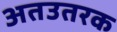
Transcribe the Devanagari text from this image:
अतउतरक